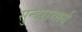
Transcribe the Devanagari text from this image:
सुन्दराचार्य